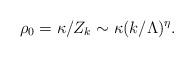
LaTeX: \begin{align*}\rho_0=\kappa/Z_k\sim\kappa(k/\Lambda)^\eta.\end{align*}